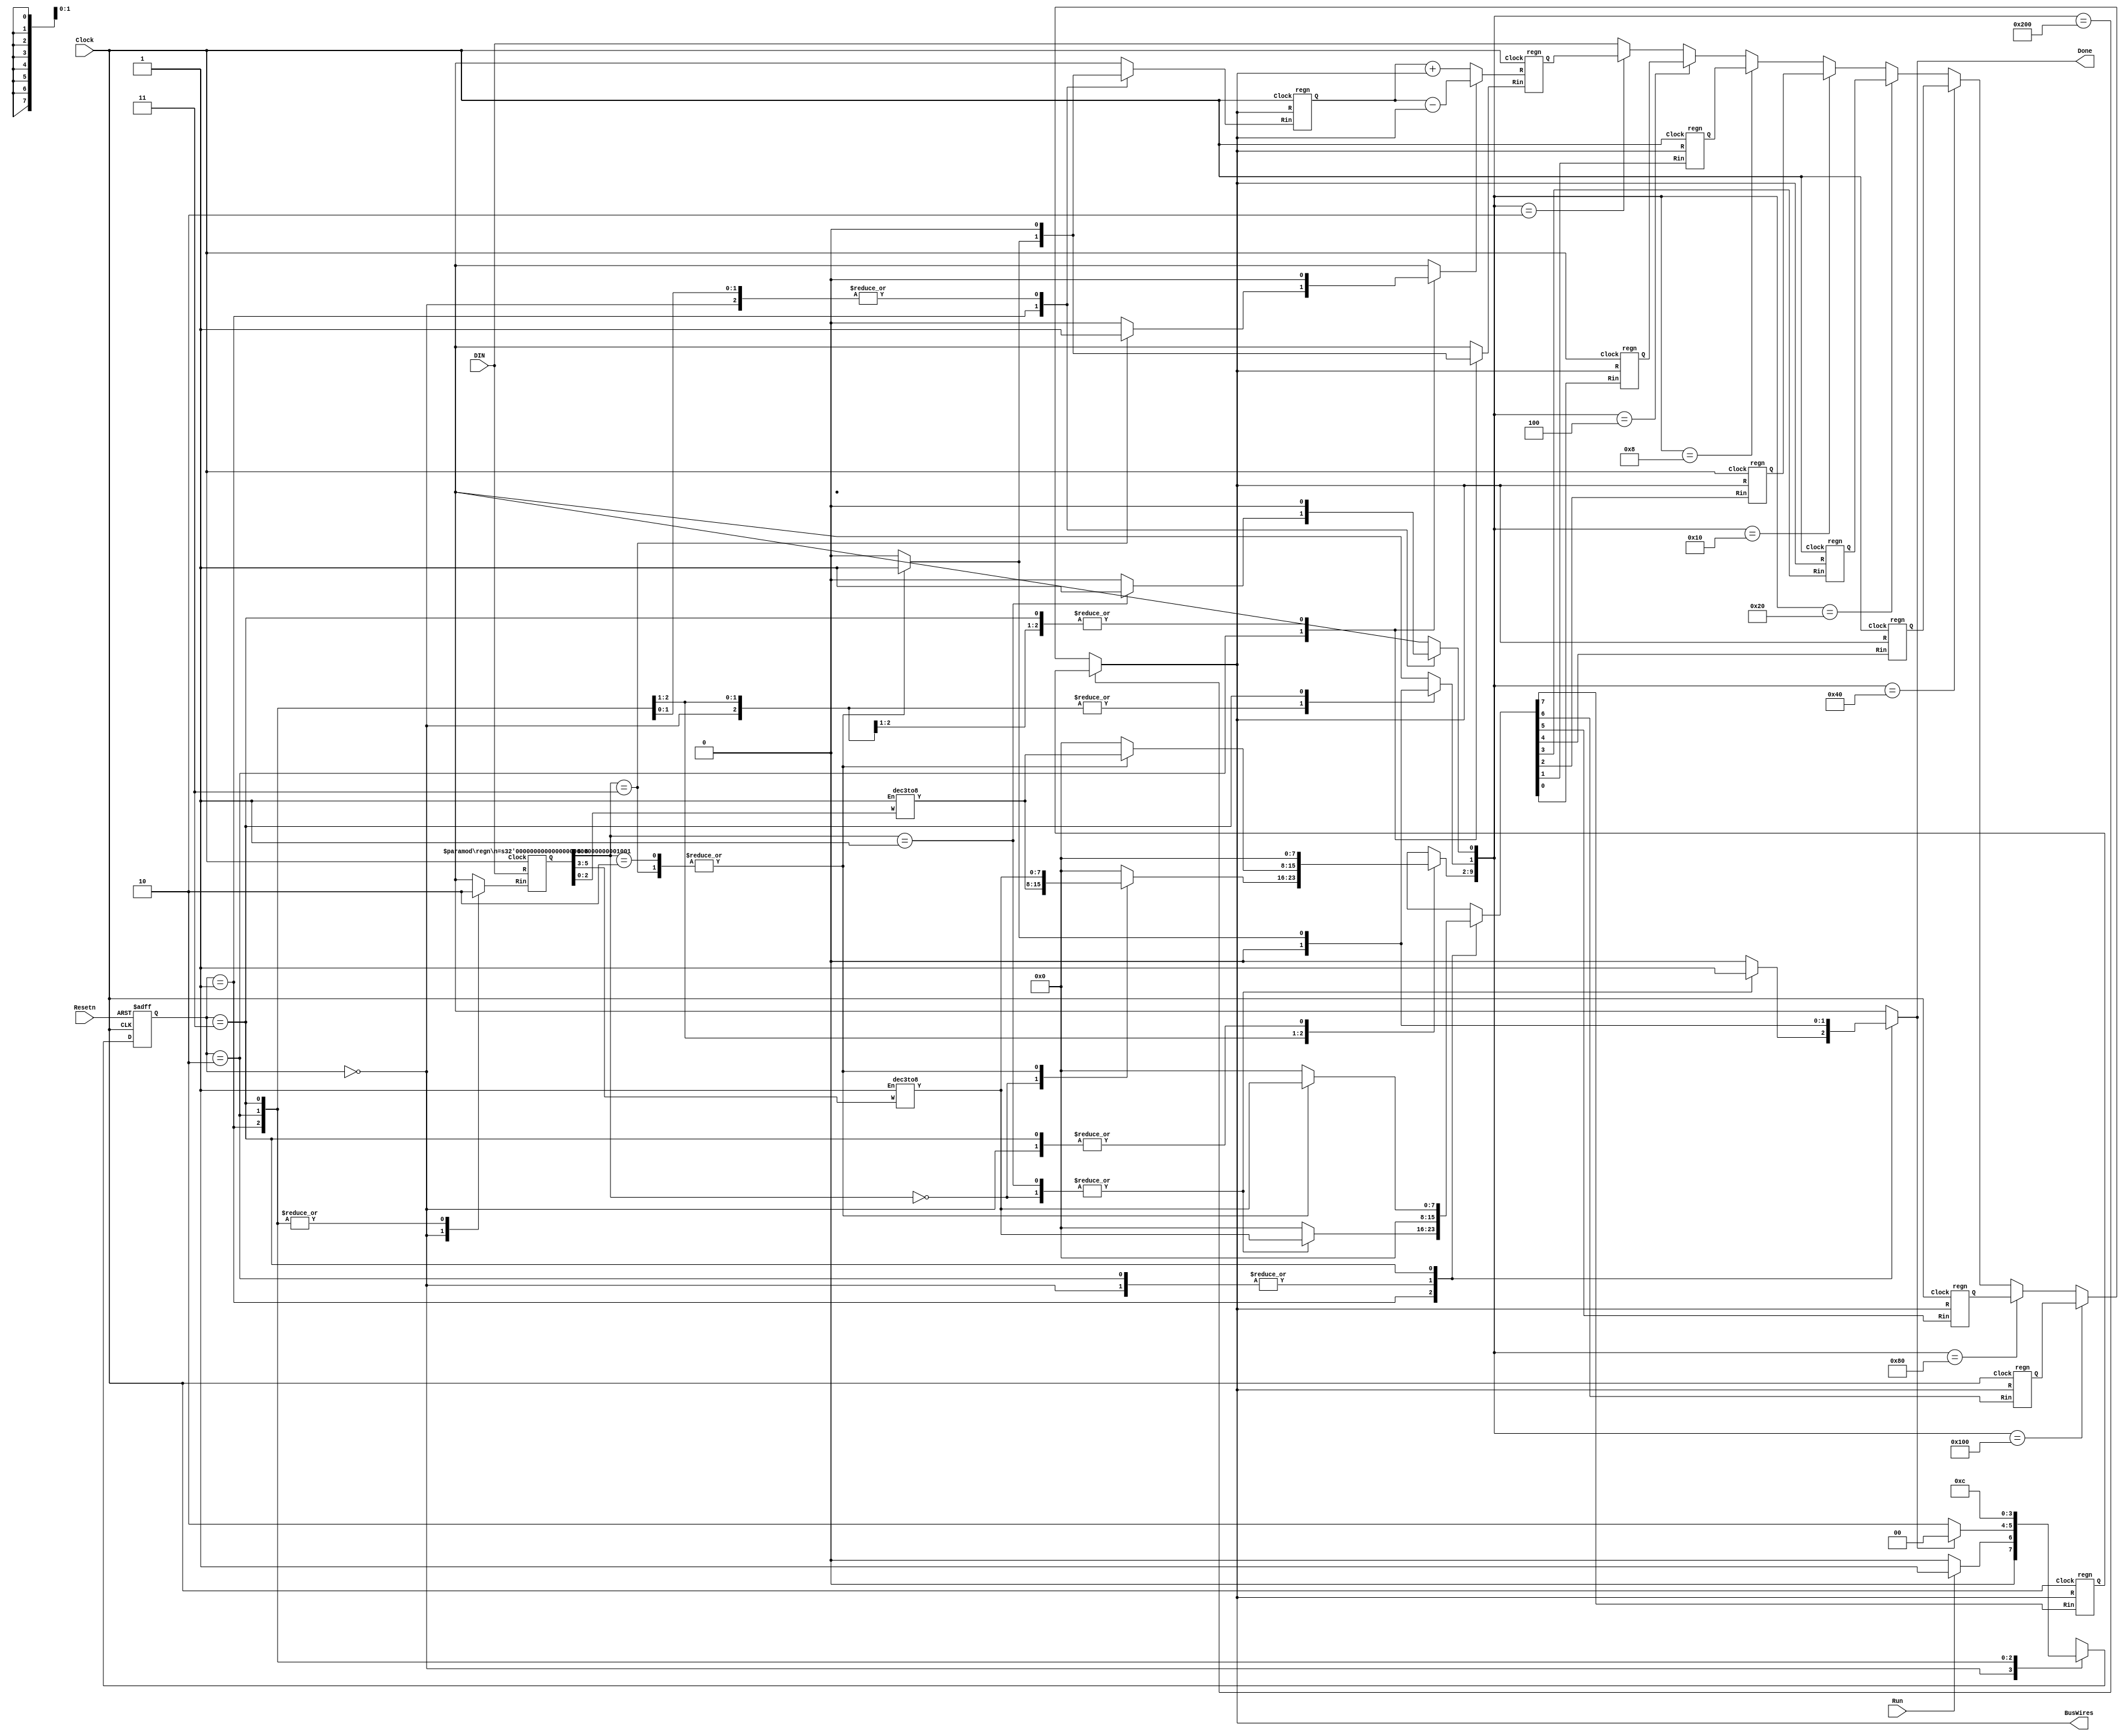
module proc_1(DIN, Resetn, Clock, Run, Done, BusWires);
    input [8:0] DIN;
    input Resetn, Clock, Run;
    output Done;
    output [8:0] BusWires;
    parameter T0 = 2'b00, T1 = 2'b01, T2 = 2'b10, T3 = 2'b11;
    reg [8:0] BusWires;
    reg [0:7] Rin, Rout;
    reg [8:0] Sum;
    reg IRin, Done, DINout, Ain, Gin, Gout, AddSub;
    reg [1:0] Tstep_Q, Tstep_D;
    wire [2:0] I;
    wire [0:7] Xreg, Yreg;
    wire [8:0] R0, R1, R2, R3, R4, R5, R6, R7;
    wire [8:0] A, G;
    wire [1:9] IR;
    wire [1:10] Sel;
    assign I = IR[1:3];
    dec3to8 decX (IR[4:6], 1'b1, Xreg);
    dec3to8 decY (IR[7:9], 1'b1, Yreg);
    always @(Tstep_Q, Run, Done)
    begin
        case (Tstep_Q)
            T0:
                if (~Run) Tstep_D = T0;
                else Tstep_D = T1;
            T1:
                if (Done) Tstep_D = T0;
                else Tstep_D = T2;
            T2:
                Tstep_D = T3;
            T3:
                Tstep_D = T0;
        endcase
    end
    parameter mv = 3'b000, mvi = 3'b001, add = 3'b010, sub = 3'b011;
    always @(Tstep_Q or I or Xreg or Yreg)
    begin
        Done = 1'b0; Ain = 1'b0; Gin = 1'b0; Gout = 1'b0; AddSub = 1'b0;
        IRin = 1'b0; DINout = 1'b0; Rin = 8'b0; Rout = 8'b0;
        case (Tstep_Q)
            T0:
                begin
                    IRin = 1'b1;
                end
            T1:  
                case (I)
                    mv:
                    begin
                        Rout = Yreg;
                        Rin = Xreg;
                        Done = 1'b1;
                    end
                    mvi:
                    begin
                       
                        DINout = 1'b1;
                        Rin = Xreg;
                        Done = 1'b1;
                    end
                    add, sub:
                    begin
                        Rout = Xreg;
                        Ain = 1'b1;
                    end
                    default: ;
                endcase
            T2:  
                case (I)
                    add:
                    begin
                        Rout = Yreg;
                        Gin = 1'b1;
                    end
                    sub:
                    begin
                        Rout = Yreg;
                        AddSub = 1'b1;
                        Gin = 1'b1;
                    end
                    default: ;
                endcase
            T3:  
                case (I)
                    add, sub:
                    begin
                        Gout = 1'b1;
                        Rin = Xreg;
                        Done = 1'b1;
                    end
                    default: ;
                endcase
        endcase
    end
    always @(posedge Clock, negedge Resetn)
        if (!Resetn)
            Tstep_Q <= T0;
        else
            Tstep_Q <= Tstep_D;
    regn reg_0 (BusWires, Rin[0], Clock, R0);
    regn reg_1 (BusWires, Rin[1], Clock, R1);
    regn reg_2 (BusWires, Rin[2], Clock, R2);
    regn reg_3 (BusWires, Rin[3], Clock, R3);
    regn reg_4 (BusWires, Rin[4], Clock, R4);
    regn reg_5 (BusWires, Rin[5], Clock, R5);
    regn reg_6 (BusWires, Rin[6], Clock, R6);
    regn reg_7 (BusWires, Rin[7], Clock, R7);
    regn reg_A (BusWires, Ain, Clock, A);
    regn #(.n(9)) reg_IR (DIN[8:0], IRin, Clock, IR);
    always @(AddSub or A or BusWires)
        begin
        if (!AddSub)
            Sum = A + BusWires;
        else
            Sum = A - BusWires;
        end
    regn reg_G (Sum, Gin, Clock, G);
    assign Sel = {Rout, Gout, DINout};
    always @(*)
    begin
        if (Sel == 10'b1000000000)
            BusWires = R0;
    else if (Sel == 10'b0100000000)
            BusWires = R1;
        else if (Sel == 10'b0010000000)
            BusWires = R2;
        else if (Sel == 10'b0001000000)
            BusWires = R3;
        else if (Sel == 10'b0000100000)
            BusWires = R4;
        else if (Sel == 10'b0000010000)
            BusWires = R5;
        else if (Sel == 10'b0000001000)
            BusWires = R6;
        else if (Sel == 10'b0000000100)
            BusWires = R7;
        else if (Sel == 10'b0000000010)
            BusWires = G;
		else BusWires = DIN;
    end
endmodule

module dec3to8(W, En, Y);
    input [2:0] W;
    input En;
    output [0:7] Y;
    reg [0:7] Y;
    always @(W or En)
    begin
        if (En == 1)
            case (W)
                3'b000: Y = 8'b10000000;
           3'b001: Y = 8'b01000000;
                3'b010: Y = 8'b00100000;
                3'b011: Y = 8'b00010000;
                3'b100: Y = 8'b00001000;
                3'b101: Y = 8'b00000100;
                3'b110: Y = 8'b00000010;
                3'b111: Y = 8'b00000001;
            endcase
        else
            Y = 8'b00000000;
    end
endmodule
 
module regn(R, Rin, Clock, Q);
    parameter n = 9;
    input [n-1:0] R;
    input Rin, Clock;
    output [n-1:0] Q;
    reg [n-1:0] Q;
 
    always @(posedge Clock)
        if (Rin)
            Q <= R;
endmodule